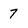
Character: 7